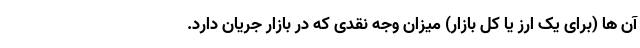
آن ها (برای یک ارز یا کل بازار) میزان وجه نقدی که در بازار جریان دارد.